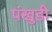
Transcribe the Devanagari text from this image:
पंखुडी